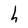
Character: h